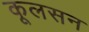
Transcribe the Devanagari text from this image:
कूलसन